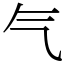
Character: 气